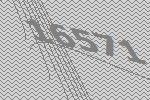
16571